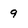
Character: 9